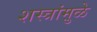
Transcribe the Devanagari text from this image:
शस्त्रांमु़ळे